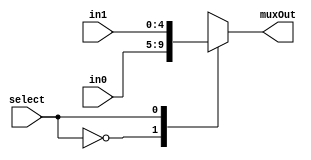
/*###################################################################################
Note: Please dont upload the assignments, template file/solution and lab. manual on GitHub or others public repository. 
It violates the BITSs Intellectual Property Rights (IPR).
************************************************************************************/
//IF select is 0 then muxout is in0. IF select is 1 then muxout is in1. 
module mux2to1_5bits(input [4:0] in0, input [4:0] in1, input select, output reg [4:0] muxOut);
   
	 always@(in0, in1, select)
    begin
        case(select)
            1'b0: muxOut = in0;
            1'b1: muxOut = in1;
        endcase
    end
endmodule